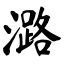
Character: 潞